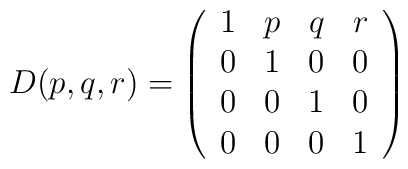
D(p, q, r) = \left( \begin{array}{cccc}1 & p & q & r \\0 & 1 & 0 & 0 \\0 & 0 & 1 & 0 \\0 & 0 & 0 & 1\end{array} \right)